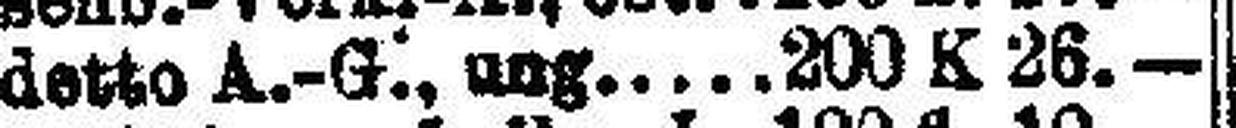
detto A.-G., ung. 200 K 26.—